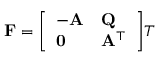
\mathbf { F } = { \left[ \begin{array} { l l } { - \mathbf { A } } & { \mathbf { Q } } \\ { \mathbf { 0 } } & { \mathbf { A } ^ { \top } } \end{array} \right] } T